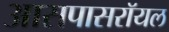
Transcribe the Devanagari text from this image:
आसपासरॉयल